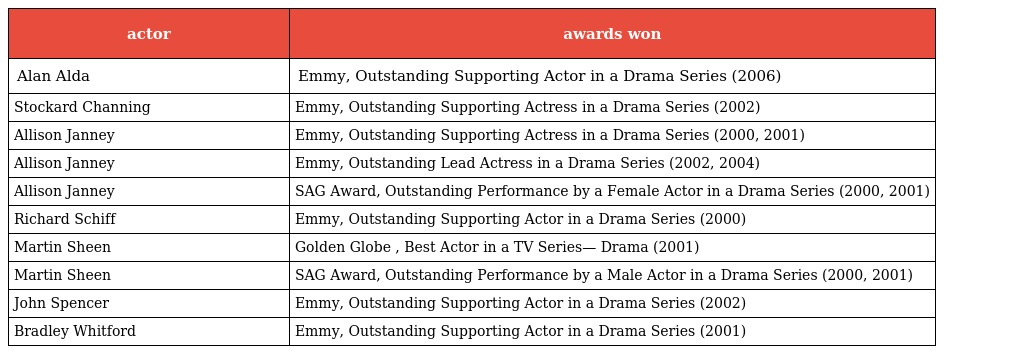
| actor | awards won |
 | --- | --- |
 | Alan Alda | Emmy, Outstanding Supporting Actor in a Drama Series (2006) |
 | Stockard Channing | Emmy, Outstanding Supporting Actress in a Drama Series (2002) |
 | Allison Janney | Emmy, Outstanding Supporting Actress in a Drama Series (2000, 2001) |
 | Allison Janney | Emmy, Outstanding Lead Actress in a Drama Series (2002, 2004) |
 | Allison Janney | SAG Award, Outstanding Performance by a Female Actor in a Drama Series (2000, 2001) |
 | Richard Schiff | Emmy, Outstanding Supporting Actor in a Drama Series (2000) |
 | Martin Sheen | Golden Globe , Best Actor in a TV Series— Drama (2001) |
 | Martin Sheen | SAG Award, Outstanding Performance by a Male Actor in a Drama Series (2000, 2001) |
 | John Spencer | Emmy, Outstanding Supporting Actor in a Drama Series (2002) |
 | Bradley Whitford | Emmy, Outstanding Supporting Actor in a Drama Series (2001) |